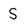
Character: s